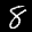
Label: 8